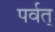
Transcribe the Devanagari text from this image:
पर्वत्